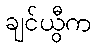
ချင်ယွီက